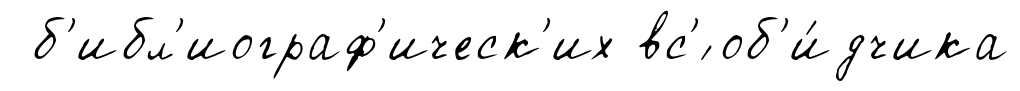
б'ибл'иограф'ическ'их вс'́ об'и́дчика